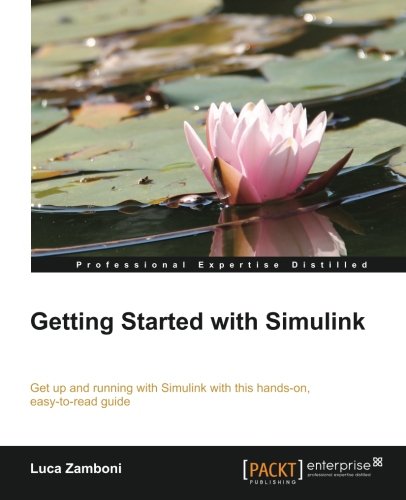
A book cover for Getting Started with Simulink; Luca Zamboni; Computers & Technology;